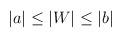
LaTeX: \begin{align*}\vert a \vert \le \vert W \vert \le \vert b \vert\end{align*}